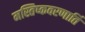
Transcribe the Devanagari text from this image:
मस्तिष्कवरणार्ति